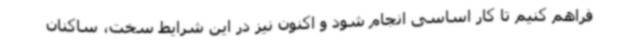
فراهم کنیم تا کار اساسی انجام شود و اکنون نیز در این شرایط سخت، ساکنان